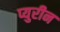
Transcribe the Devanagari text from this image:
प्युरीन